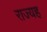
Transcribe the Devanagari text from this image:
राज्यह